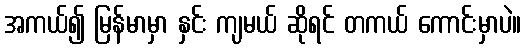
အကယ်၍ မြန်မာမှာ နှင်း ကျမယ် ဆိုရင် တကယ် ကောင်းမှာပဲ။